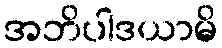
အဘိပါဒယာမိ